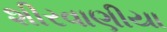
શીરવાણીયા